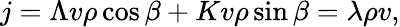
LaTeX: j=\Lambda v\rho\cos{\beta}+Kv\rho\sin{\beta}=\lambda\rho v,